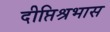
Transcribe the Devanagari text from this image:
दीप्तिश्रभास